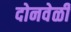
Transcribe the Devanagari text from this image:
दोनवेळी